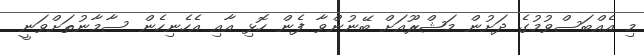
މި އެއްބަސްވުމުގެ ދަށުން މަޝްރޫއަށް ބޭނުންވާ ފެން ހޮޅި އާއި އެހެނިހެން ސާމާނުތަށްވަނީ